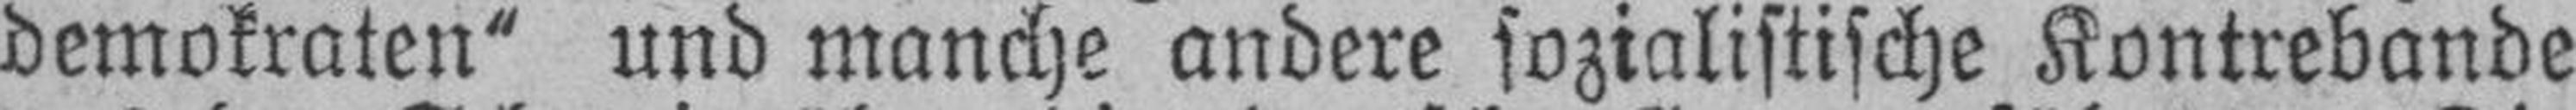
demokraten“ und manche andere sozialistische Kontrebande